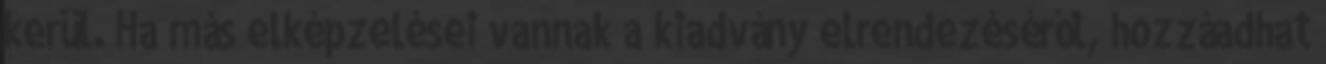
kerül. Ha más elképzelései vannak a kiadvány elrendezéséről, hozzáadhat